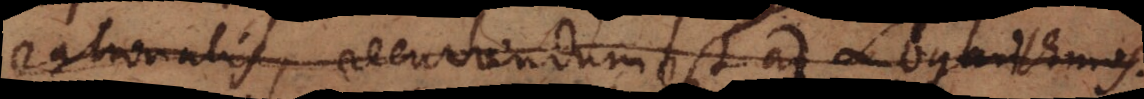
rationalis, recurrendum est ad Logarithmos.